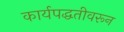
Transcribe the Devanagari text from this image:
कार्यपद्धतीवरून